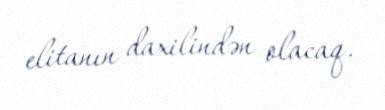
elitanın daxilindən olacaq.